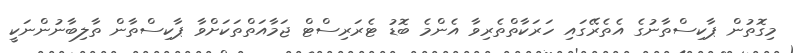
މިގޮތުން ޕާކިސްތާނުގެ އެތެރޭގައި ހަރަކާތްތެރިވާ އެންމެ ބޮޑު ޓެރަރިސްޓް ޖަމާއަތްތަކަށްވާ ޕާކިސްތާން ތާލިބާނުންނަކީ